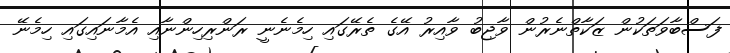
ފަސްބާވަތަކުން ޒަކާތްނެރުން ވާޖިބު ވާއިރު އޭގެ ތެރޭގައި ހިމެނެނީ ރަންރިހިންނާއި އެމާނައިގައި ހިމެނޭ